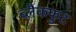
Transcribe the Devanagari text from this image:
ब्लैकफुट